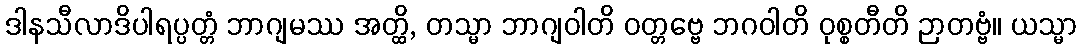
ဒါနသီလာဒိပါရပ္ပတ္တံ ဘာဂျမဿ အတ္ထိ, တသ္မာ ဘာဂျဝါတိ ဝတ္တဗ္ဗေ ဘဂဝါတိ ဝုစ္စတီတိ ဉာတဗ္ဗံ။ ယသ္မာ